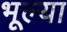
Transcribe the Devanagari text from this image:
भूल्या